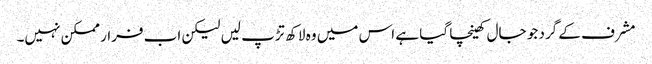
مشرف کے گرد جو جال کھینچا گیا ہے اس میں وہ لاکھ تڑپ لیں لیکن اب فرار ممکن نہیں۔